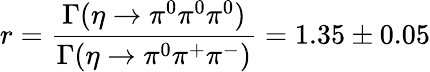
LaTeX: r=\frac{\Gamma(\eta\rightarrow\pi^{0}\pi^{0}\pi^{0})}{\Gamma(\eta\rightarrow\pi^{0}\pi^{+}\pi^{-})}=1.35\pm 0.05